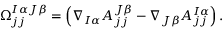
\Omega _ { j j } ^ { I \alpha J \beta } = \left( \nabla _ { I \alpha } A _ { j j } ^ { J \beta } - \nabla _ { J \beta } A _ { j j } ^ { I \alpha } \right) .